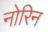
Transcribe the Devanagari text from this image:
नोरिन